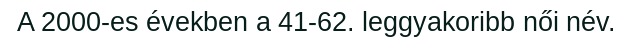
A 2000-es években a 41-62. leggyakoribb női név.